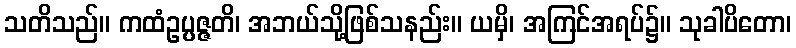
သတိသည်။ ကထံဥပ္ပဇ္ဇတိ၊ အဘယ်သို့ဖြစ်သနည်း။ ယမှိ၊ အကြင်အရပ်၌။ သုခါပိတော၊